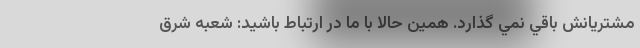
مشتريانش باقي نمي گذارد. همين حالا با ما در ارتباط باشيد: شعبه شرق